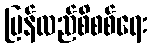
ပြန်လည်စိစစ်ရေး